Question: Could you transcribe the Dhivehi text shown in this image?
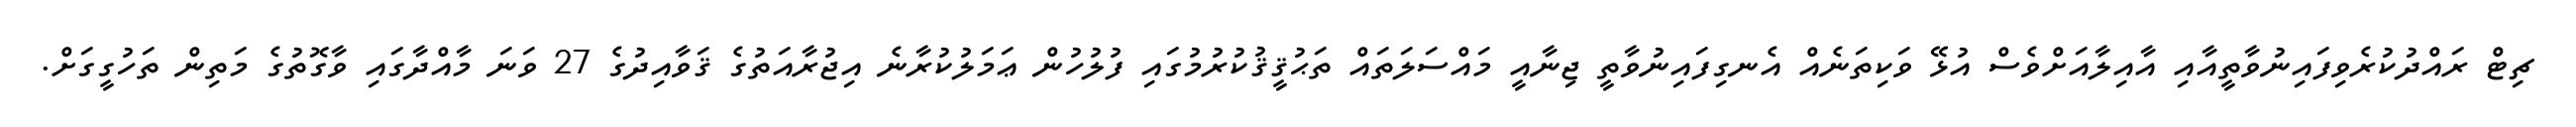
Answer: ޗިޓް ރައްދުކުރެވިފައިނުވާތީއާއި އާއިލާއަށްވެސް އުޅޭ ވަކިތަނެއް އެނގިފައިނުވާތީ ޖިނާއީ މައްސަލަތައް ތަޙުޤީޤުކުރުމުގައި ފުލުހުން ޢަމަލުކުރާނެ އިޖުރާއަތުގެ ޤަވާއިދުގެ 27 ވަނަ މާއްދާގައި ވާގޮތުގެ މަތިން ތަހުގީގަށް.